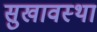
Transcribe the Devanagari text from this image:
सुखावस्था